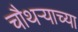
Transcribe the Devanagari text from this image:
चौथऱ्याच्या